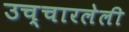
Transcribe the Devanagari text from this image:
उच्चारलेली